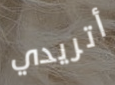
أتريدي